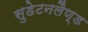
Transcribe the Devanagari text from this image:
सुडेटनलैण्ड